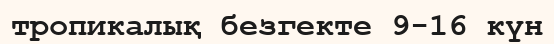
тропикалық безгекте 9-16 күн